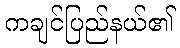
ကချင်ပြည်နယ်၏